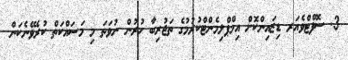
3. ސޮފްޓްވެއަރ ޑިޒައިންކޮށް އިމްޕްލިމެންޓްކުރުމުގެ ތަޖުރިބާ ހުރުން ނުވަތަ މި މަސައްކަތް ކުރެވޭނެކަން